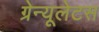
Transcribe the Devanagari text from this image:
ग्रेन्यूलेटस